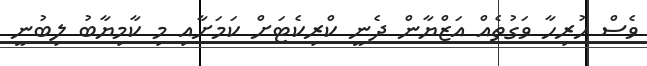
ވެސް ހުރިހާ ވަގުތެއް އަޒްޔާން ދެނީ ކްރިކެޓަށް ކަމަށާއި މި ކާމިޔާބު ލިބުނީ